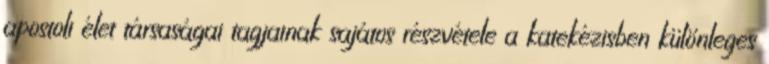
apostoli élet társaságai tagjainak sajátos részvétele a katekézisben különleges